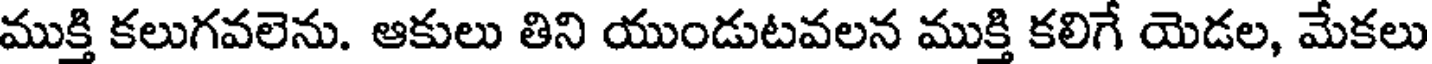
ముక్తి కలుగవలెను. ఆకులు తిని యుండుటవలన ముక్తి కలిగే యెడల, మేకలు